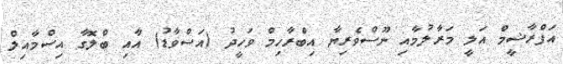
އަފްރާޝީމް އަލީ މަރާލުމާއި ނޫސްވެރިޔާ އިބްރާހިމް ވަހީދު (އަސްވާޑު) އާއި ބްލޮގާ އިސްމާއިލް